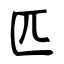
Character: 匹